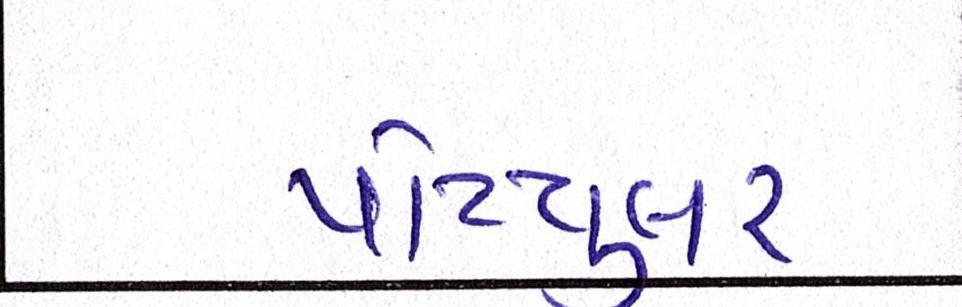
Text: પોપ્યુલર